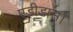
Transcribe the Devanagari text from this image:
एडीडास।